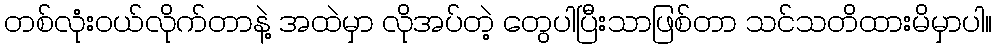
တစ်လုံးဝယ်လိုက်တာနဲ့ အထဲမှာ လိုအပ်တဲ့ တွေပါပြီးသာဖြစ်တာ သင်သတိထားမိမှာပါ။